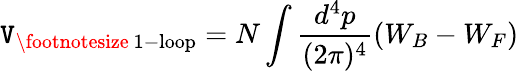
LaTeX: \mathtt{V}_{\mathrm{{\footnotesize~1-loop}}}=N\int\frac{{d^{4}p}}{{(2\pi)^{4}}}\left(W_{B}-W_{F}\right)